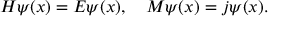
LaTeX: H \psi ( x ) = E \psi ( x ) , \quad M \psi ( x ) = j \psi ( x ) .